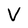
Character: V